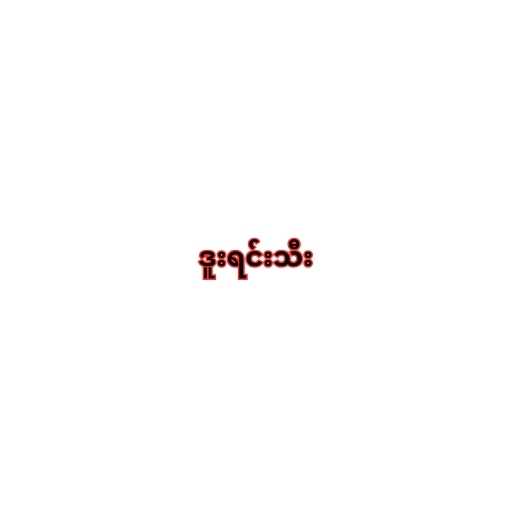
ဒူးရင်းသီး